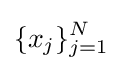
\{x_{j}\}_{j=1}^{N}